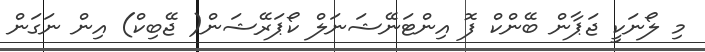
މި ލޯނަކީ ޖަޕާން ބޭންކް ފޮ އިންޓަނޭޝަނަލް ކޯޕަރޭޝަން( ޖޭބިކް) އިން ނަގަން